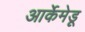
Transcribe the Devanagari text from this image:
आर्केमेडू